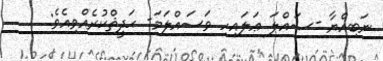
ނަބިއްޔާ -ޞައްލަ ޢަލައިހި ވަސައްލަމަ- ޙަދީޘްކުރެއްވިއެވެ: